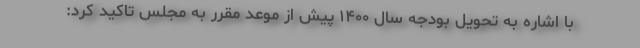
با اشاره به تحویل بودجه سال ۱۴۰۰ پیش از موعد مقرر به مجلس تاکید کرد: